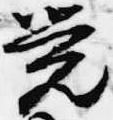
覚